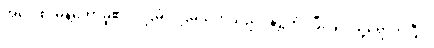
အဝေါစ၊ မိန့်တော်မူ၏။ ပဌမံ၊ ပဌမသုတ်သည်။ နိဋ္ဌိတံ၊ ပြီးခြင်းသို့ရောက်ပြီ။။